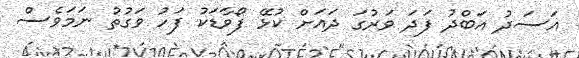
އަސަދު އަބްދު ފަދަ ވަރުގަ ދައަށް ކުޅޭ ފޯވާޑަކު ފަހު ވަގުތު ނަމަވެސް